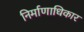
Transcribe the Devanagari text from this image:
निर्माणाधिकार